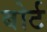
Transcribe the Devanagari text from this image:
बोर्ट